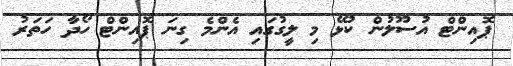
ޕޮއިންޓް އުސޫލުން ކުޅޭ މި ލީގުގައި އެންމެ ގިނަ ޕޮއިންޓް ހޯދާ ހަތަރު